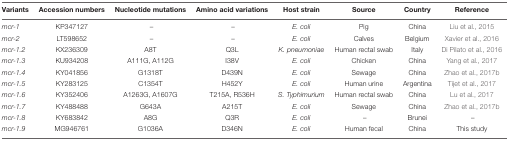
<table><thead><tr><td><b>Variants</b></td><td><b>Accession numbers</b></td><td><b>Nucleotide mutations</b></td><td><b>Amino acid variations</b></td><td><b>Host strain</b></td><td><b>Source</b></td><td><b>Country</b></td><td><b>Reference</b></td></tr></thead><tbody><tr><td><i>mcr-1</i></td><td>KP347127</td><td>–</td><td>–</td><td><i>E. coli</i></td><td>Pig</td><td>China</td><td>Liu et al., 2015</td></tr><tr><td><i>mcr-2</i></td><td>LT598652</td><td>–</td><td>–</td><td><i>E. coli</i></td><td>Calves</td><td>Belgium</td><td>Xavier et al., 2016</td></tr><tr><td><i>mcr-1.2</i></td><td>KX236309</td><td>A8T</td><td>Q3L</td><td><i>K. pneumoniae</i></td><td>Human rectal swab</td><td>Italy</td><td>Di Pilato et al., 2016</td></tr><tr><td><i>mcr-1.3</i></td><td>KU934208</td><td>A111G, A112G</td><td>I38V</td><td><i>E. coli</i></td><td>Chicken</td><td>China</td><td>Yang et al., 2017</td></tr><tr><td><i>mcr-1.4</i></td><td>KY041856</td><td>G1318T</td><td>D439N</td><td><i>E. coli</i></td><td>Sewage</td><td>China</td><td>Zhao et al., 2017b</td></tr><tr><td><i>mcr-1.5</i></td><td>KY283125</td><td>C1354T</td><td>H452Y</td><td><i>E. coli</i></td><td>Human urine</td><td>Argentina</td><td>Tijet et al., 2017</td></tr><tr><td><i>mcr-1.6</i></td><td>KY352406</td><td>A1263G, A1607G</td><td>T215A, R536H</td><td><i>S. Typhimurium</i></td><td>Human rectal swab</td><td>China</td><td>Lu et al., 2017</td></tr><tr><td><i>mcr-1.7</i></td><td>KY488488</td><td>G643A</td><td>A215T</td><td><i>E. coli</i></td><td>Sewage</td><td>China</td><td>Zhao et al., 2017b</td></tr><tr><td><i>mcr-1.8</i></td><td>KY683842</td><td>A8G</td><td>Q3R</td><td><i>E. coli</i></td><td>–</td><td>Brunei</td><td>–</td></tr><tr><td><i>mcr-1.9</i></td><td>MG946761</td><td>G1036A</td><td>D346N</td><td><i>E. coli</i></td><td>Human fecal</td><td>China</td><td>This study</td></tr></tbody></table>